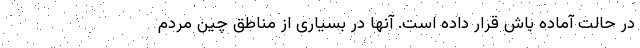
در حالت آماده باش قرار داده است. آنها در بسیاری از مناطق چین مردم